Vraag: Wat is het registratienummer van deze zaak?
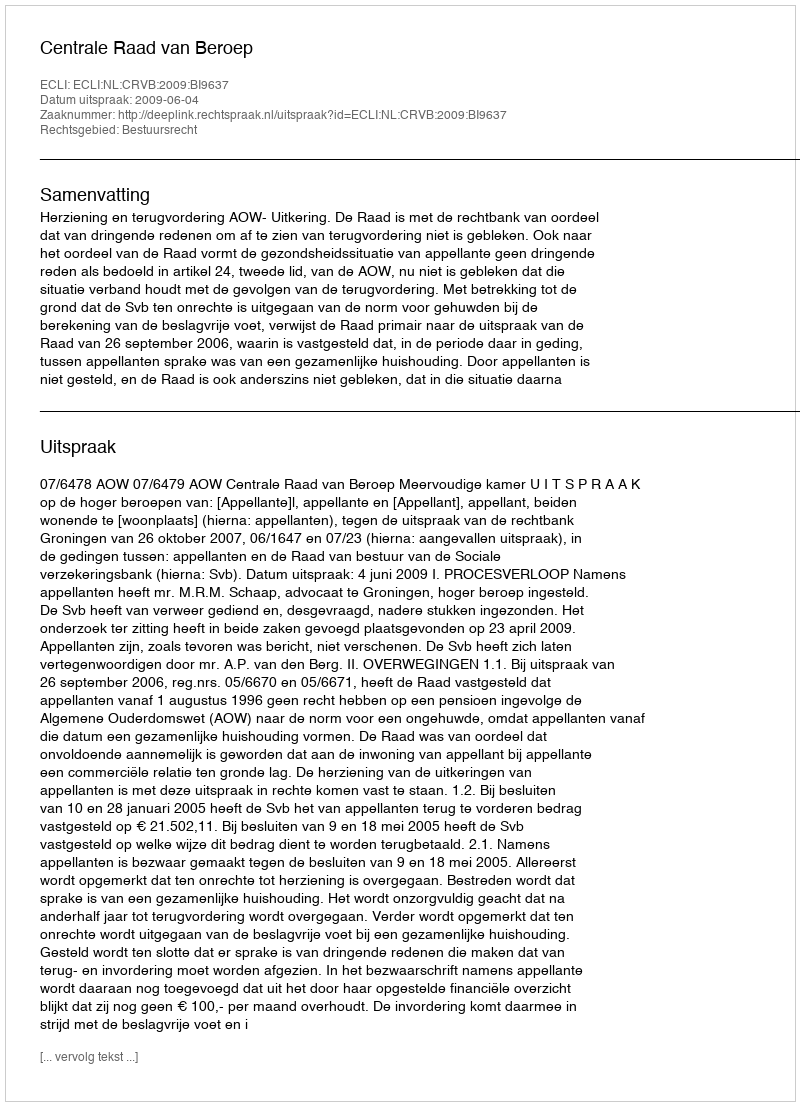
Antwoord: http://deeplink.rechtspraak.nl/uitspraak?id=ECLI:NL:CRVB:2009:BI9637